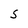
Character: S